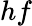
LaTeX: hf